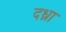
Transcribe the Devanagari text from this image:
दध्ना